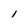
Character: l